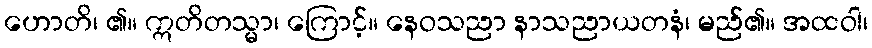
ဟောတိ၊ ၏။ ဣတိတသ္မာ၊ ကြောင့်။ နေဝသညာ နာသညာယတနံ၊ မည်၏။ အထဝါ၊